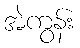
အဲကွန်း